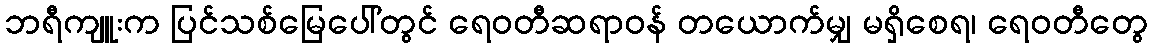
ဘရီကျူးက ပြင်သစ်မြေပေါ်တွင် ရေဝတီဆရာဝန် တယောက်မျှ မရှိစေရ၊ ရေဝတီတွေ